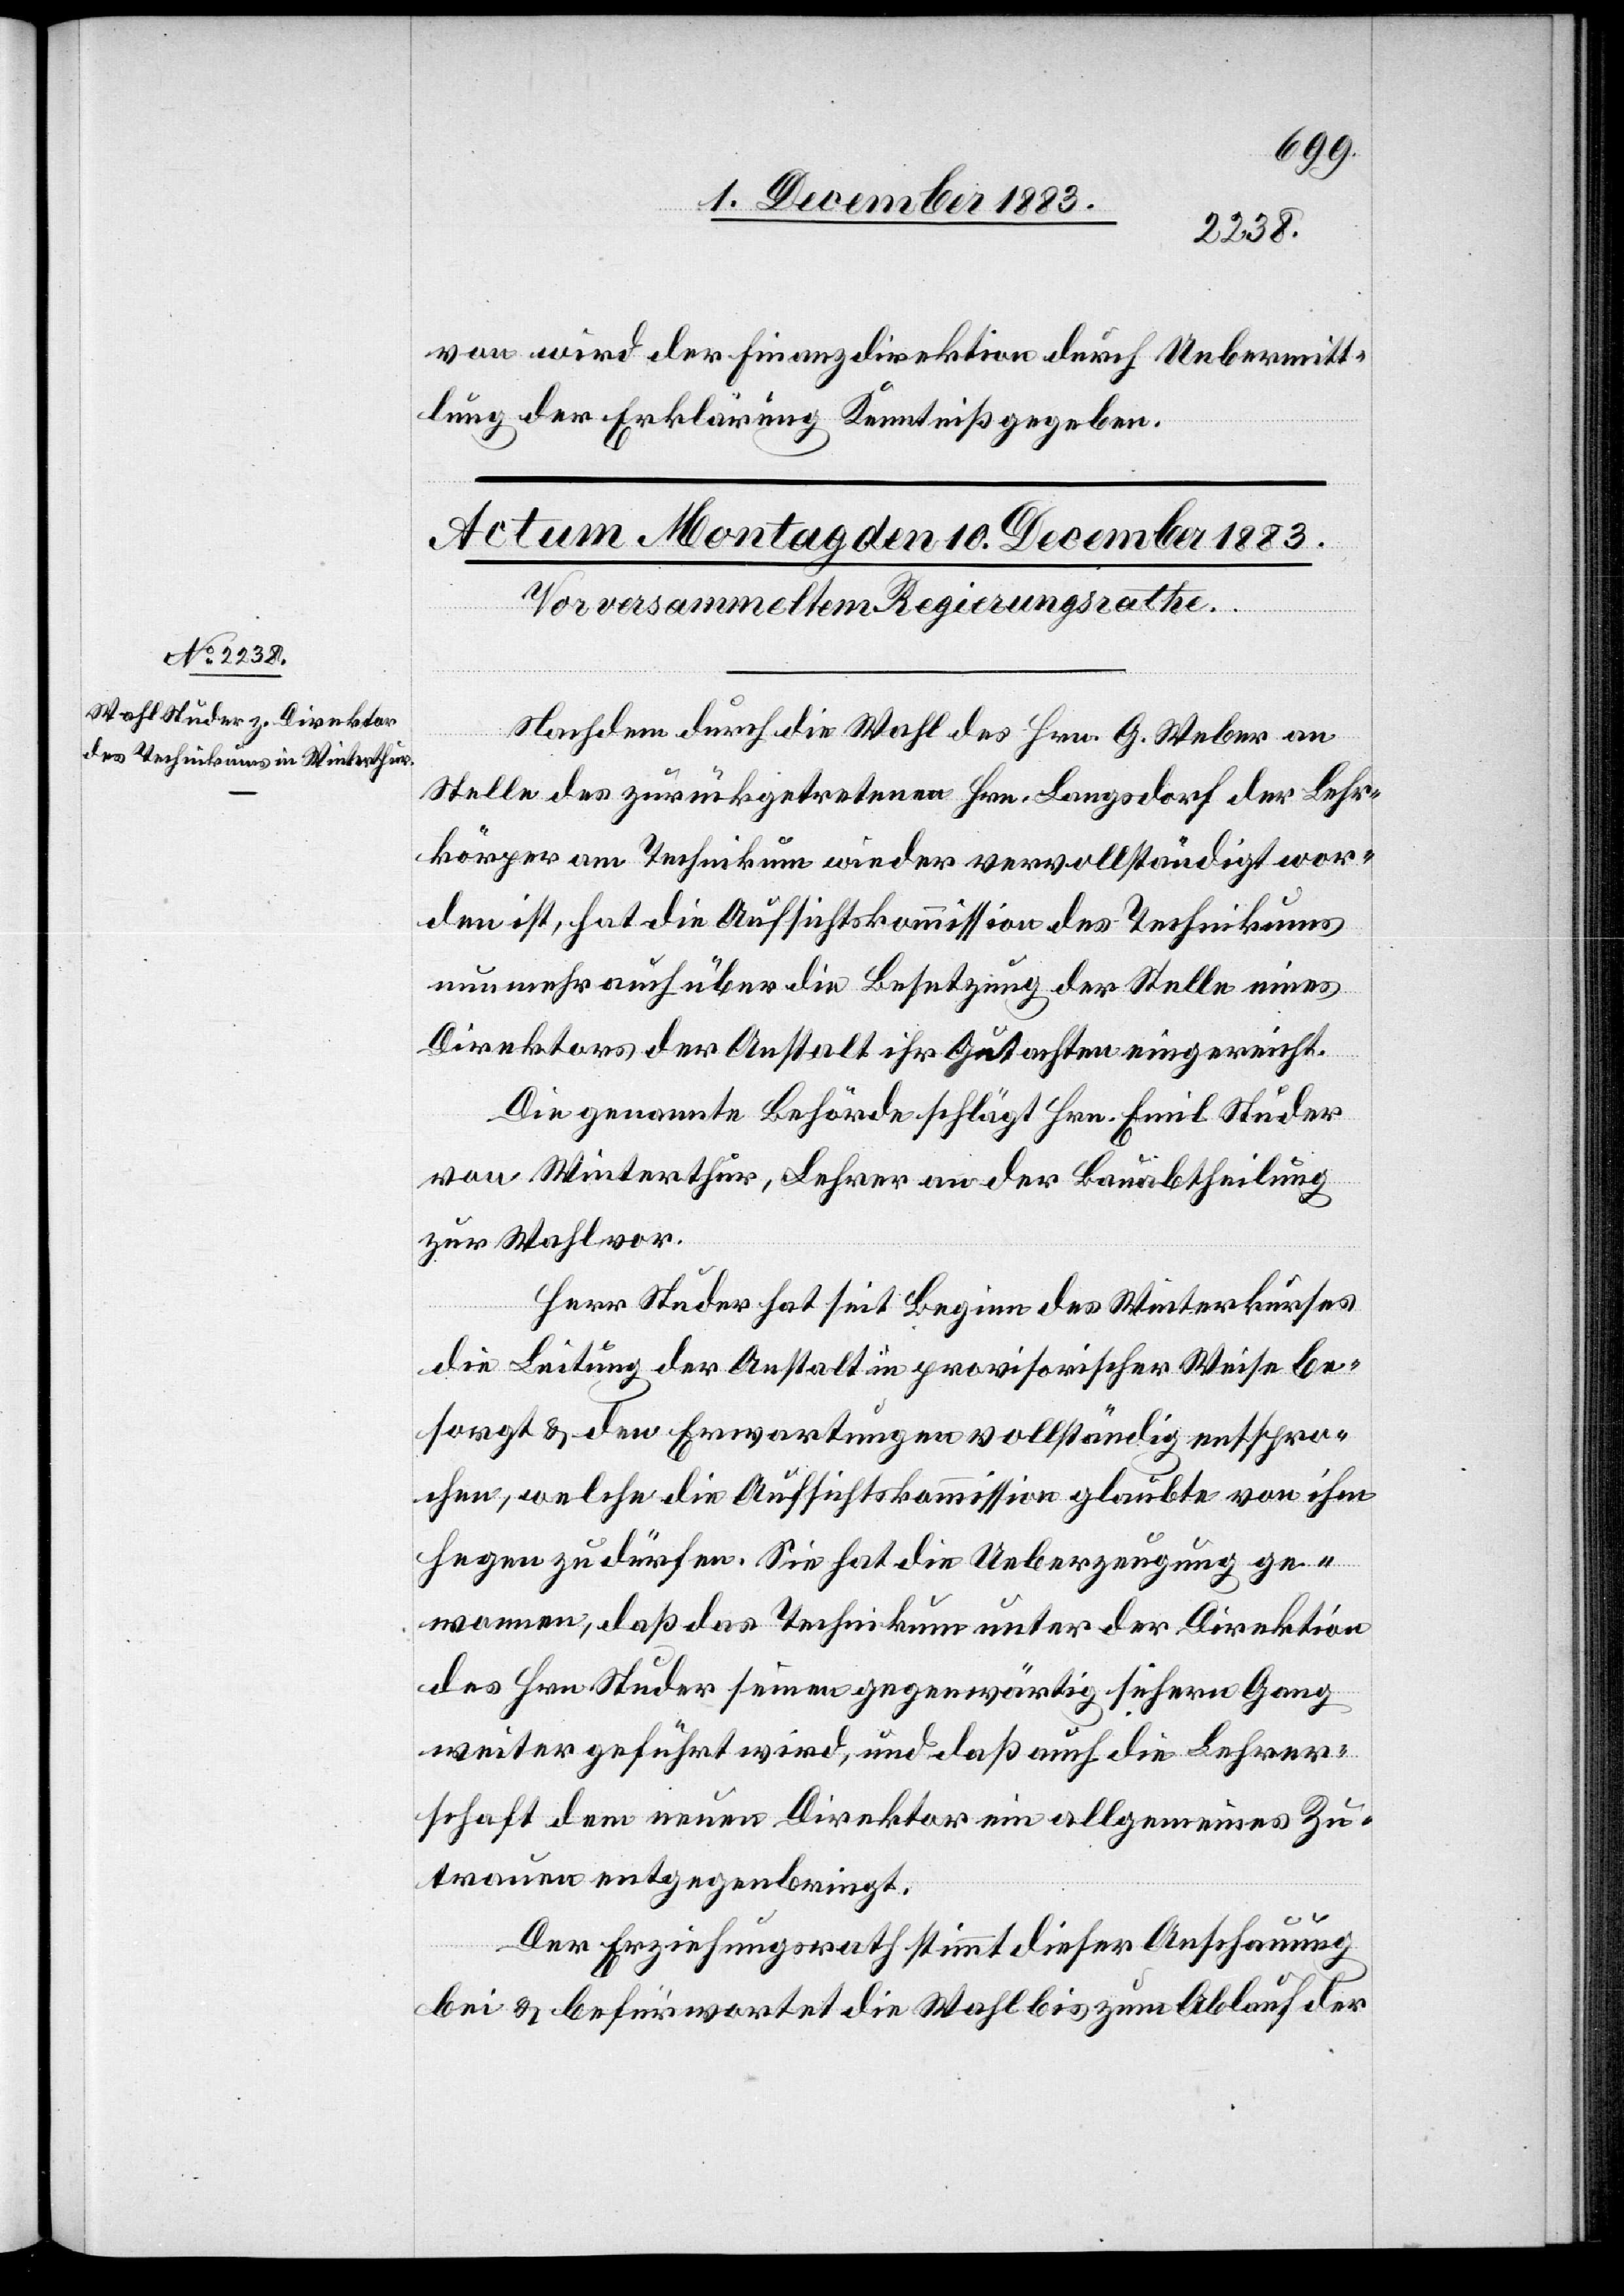
von wird der Finanzdirektion durch Uebermitt¬
lung der Erklärung Kenntniß gegeben.
Nachdem durch die Wahl des Hrn. G. Weber an
Stelle des zurückgetretenen Hrn. Langsdorf der Lehr¬
körper am Technikum wieder vervollständigt wor¬
den ist, hat die Aufsichtskommission des Technikums
nun mehr auch über die Besetzung der Stelle eines
Direktors der Anstalt ihr Gutachten eingereicht.
Die genannte Behörde schlägt Hrn. Emil Studer
von Winterthur, Lehrer an der Bauabtheilung
zur Wahl vor.
Herr Studer hat seit Beginn des Winterkurses
die Leitung der Anstalt provisorischer Weise be¬
sorgt & den Erwartungen vollständig entspro¬
chen, welche die Aufsichtskommission glaubt von ihm
hegen zu dürfen. Sie hat die Ueberzeugung ge¬
wonnen, daß das Technikum unter der Direktion
des Hrn. Studer seinen gegenwärtig sichern Gang
weiter geführt wird, und daß auch die Lehrer¬
schaft den neuen Direktor ein allgemeines Zu¬
trauen entgegenbringt.
Der Erziehungsrath stimmt dieser Anschauung
bei & befürwortet die Wahl bis zum Ablauf der